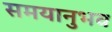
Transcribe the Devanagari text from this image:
समयानुभव